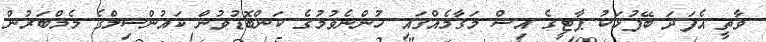
ވާތީ އެފަދަ ބޭފުޅަކު ޕާޓީގެ އިސް މަގާމެއްގައި ހުންނެވުމުގެ ކަންބޮޑުވުން ކައުންސިލްގެ މެމްބަރުން